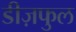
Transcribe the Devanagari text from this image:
डीज़फुल